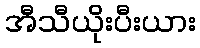
အီသီယိုးပီးယား